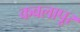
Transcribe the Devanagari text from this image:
कवलापूर